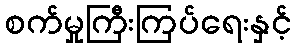
စက်မှုကြီးကြပ်ရေးနှင့်